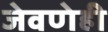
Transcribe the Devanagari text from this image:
जेवणेही